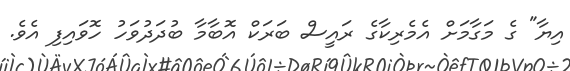
އިޔާ" ގެ މަގާމަށް އެމެރިކާގެ ރައީސް ބަރަކް އޮބާމާ ބުދަދުވަހު ހޮވައިފި އެވެ.